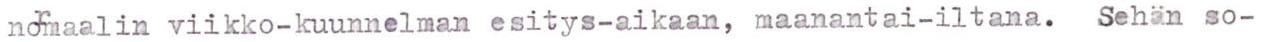
normaalin viikko-kuunnelman esitys-aikaan, maanantai-iltana. Sehän so-